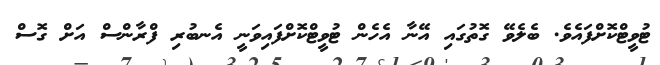
ޓުވީޓްކޮށްފައެވެ. ބެލެވޭ ގޮތުގައި އޭނާ އެހެން ޓުވީޓްކޮށްފައިވަނީ އެނބުރި ފްރާންސް އަށް ގޮސް